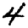
Digit: 4